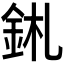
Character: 𨥼